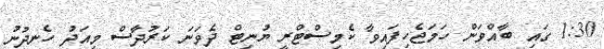
1:30 ގައި ބާއްވަން ހަމަޖެހިފައިވާ ކެމިސްޓްރީ ޔުނިޓް ދެވަނަ ކަރުދާސް މިއަދު ހެނދުނު